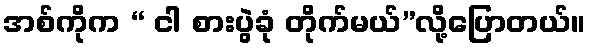
အစ်ကိုက “ ငါ စားပွဲခုံ တိုက်မယ်”လို့ပြောတယ်။